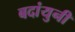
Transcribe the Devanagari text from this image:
बदांयुनी